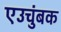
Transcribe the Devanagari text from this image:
एउचुंबक